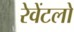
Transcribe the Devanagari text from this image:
रेवेंटलो